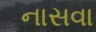
નાસવા